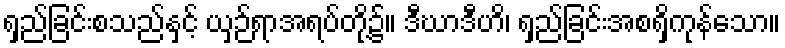
ရှည်ခြင်းစသည်နှင့် ယှဉ်ရာအရပ်တို့၌။ ဒီဃာဒီဟိ၊ ရှည်ခြင်းအစရှိကုန်သော။